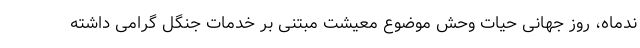
ندماه، روز جهانی حیات وحش موضوع معیشت مبتنی بر خدمات جنگل گرامی داشته